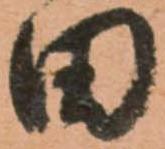
田